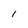
Character: l